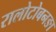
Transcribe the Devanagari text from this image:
रालोटोबनङा